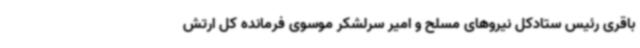
باقری رئیس ستادکل نیروهای مسلح و امیر سرلشکر موسوی فرمانده کل ارتش